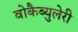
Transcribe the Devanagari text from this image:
वोकैब्युलेरी